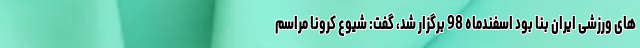
های ورزشی ایران بنا بود اسفندماه 98 برگزار شد، گفت: شیوع کرونا مراسم